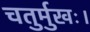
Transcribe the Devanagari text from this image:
चतुर्मुखः।